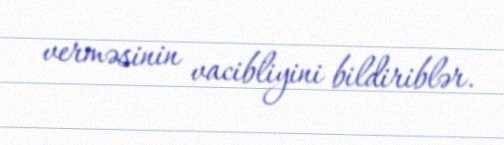
verməsinin vacibliyini bildiriblər.